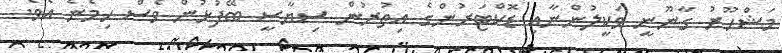
މަޝްހޫރު ގާނޫނީ ވަކީލުންނާއި ޑޮކްޓަރުންގެ އިތުރުން ސިޔާސީ ބޭފުޅުން ވެސް ހިމެނެ އެވެ.